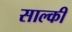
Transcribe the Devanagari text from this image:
साल्की